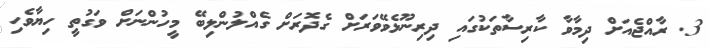
3. ރާއްޖެއަށް ދިމާވާ ކާރިސާތަކުގައި ދިރިނޫޅެވޭވަރަށް ގެދޮރަށް ގެއްލުންލިބޭ މީހުންނަށް ވަގުތީ ހިޔާވެހި